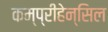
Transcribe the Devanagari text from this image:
कम्प्रीहेन्सिल